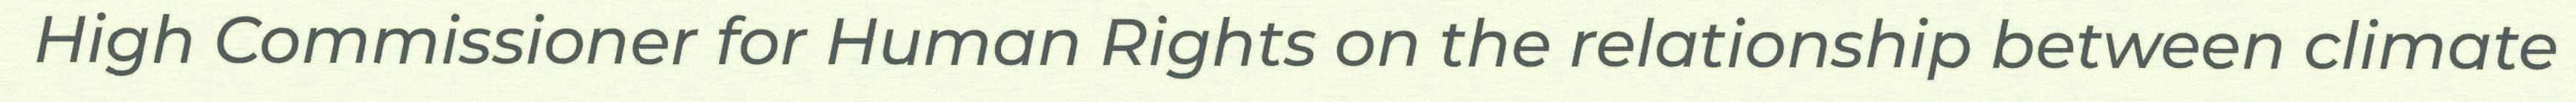
High Commissioner for Human Rights on the relationship between climate